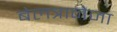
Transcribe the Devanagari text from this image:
बेलत्रानेजा